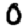
Digit: 0